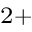
^ { 2 + }